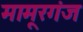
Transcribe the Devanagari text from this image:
मामूरगंज